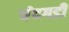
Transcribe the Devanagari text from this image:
चंंदगडी